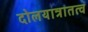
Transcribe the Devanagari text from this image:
दोलयात्रातत्व